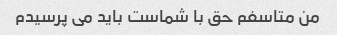
من متاسفم حق با شماست باید می پرسیدم